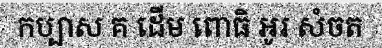
កប្បាស គ ដើម ពោធិ អូរ សំចត